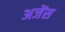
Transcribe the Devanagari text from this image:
अजेंस